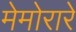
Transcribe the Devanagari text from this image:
मेमोरारे